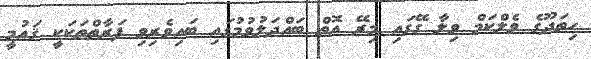
ހިތަދޫގެ ވެލްކަމް ވިލާ ގޭގައި މިރޭ އޮތް ބައްދަލުވުމުގައި ބައިވެރިވި ފަރާތްތަކަކީ ޤައުމީ